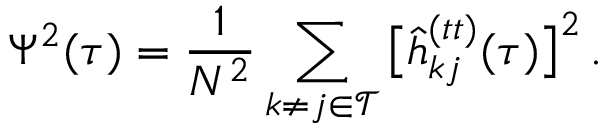
\Psi ^ { 2 } ( \tau ) = \frac { 1 } { N ^ { 2 } } \sum _ { k \neq j \in \mathcal { T } } \big [ \hat { h } _ { k j } ^ { ( t t ) } ( \tau ) \big ] ^ { 2 } \, .